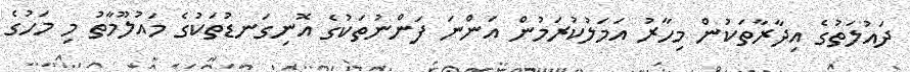
ދައުލަތުގެ އިދާރާތަކުން މިހާރު އަމަލުކުރަމުން އަންނަ ފަންނުތަކުގެ އޮނިގަނޑުތަކުގެ މައުލޫމާތު މި މަހުގެ